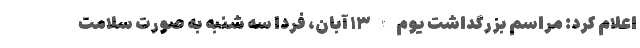
اعلام کرد: مراسم بزرگداشت یوم الله ۱۳ آبان، فردا سه شنبه به صورت سلامت